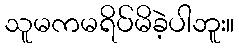
သူမကမရိပ်မိခဲ့ပါဘူး။